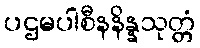
ပဌမပါစီနနိန္နသုတ္တံ